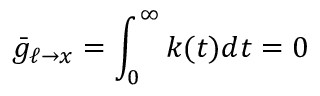
\bar { g } _ { \ell \to x } = \int _ { 0 } ^ { \infty } k ( t ) d t = 0